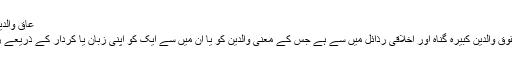
عاق والدین - ویکی شیعہ
عاق والدین یا عقوق والدین کبیرہ گناہ اور اخلاقی رذائل میں سے ہے جس کے معنی والدین کو یا ان میں سے ایک کو اپنی زبان یا کردار کے ذریعے رنج پہنچانا ہے۔